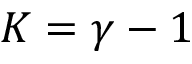
K = \gamma - 1